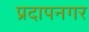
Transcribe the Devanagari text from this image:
प्रदापनगर